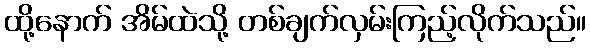
ထို့နောက် အိမ်ထဲသို့ တစ်ချက်လှမ်းကြည့်လိုက်သည်။